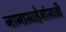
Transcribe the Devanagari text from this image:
नानासाहेबांसाठी